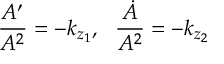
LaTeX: \frac { A ^ { \prime } } { A ^ { 2 } } = - k _ { z _ { 1 } } , \ \ \frac { \dot { A } } { A ^ { 2 } } = - k _ { z _ { 2 } }